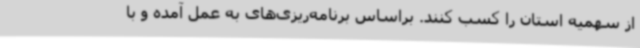
از سهمیه استان را کسب کنند. براساس برنامه‌ریزی‌های به عمل آمده و با